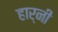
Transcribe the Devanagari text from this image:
हार्नी